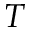
T